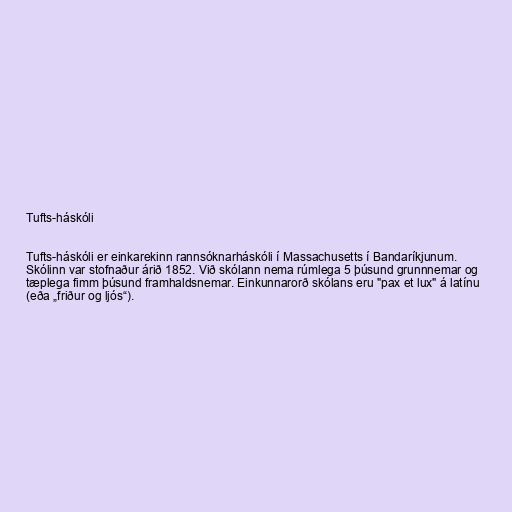
Tufts-háskóli

Tufts-háskóli er einkarekinn rannsóknarháskóli í Massachusetts í Bandaríkjunum.
Skólinn var stofnaður árið 1852. Við skólann nema rúmlega 5 þúsund grunnnemar og
tæplega fimm þúsund framhaldsnemar. Einkunnarorð skólans eru "pax et lux" á latínu
(eða „friður og ljós“).